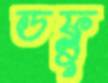
ডফ্লু